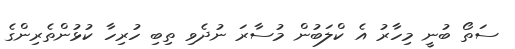
ސަތޯ ބުނީ މިހާރު އެ ކްލަބުން މުސާރަ ނުދެވި ތިބި ހުރިހާ ކުޅުންތެރިންގެ